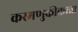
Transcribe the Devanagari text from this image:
करमणुकीकरता